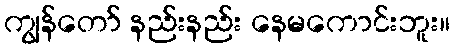
ကျွန်တော် နည်းနည်း နေမကောင်းဘူး။